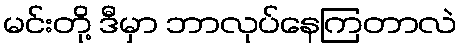
မင်းတို့ ဒီမှာ ဘာလုပ်နေကြတာလဲ